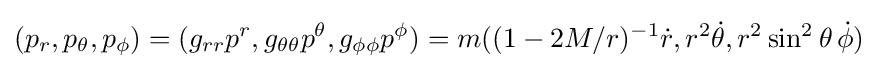
(p_{r},p_{\theta },p_{\phi })=(g_{rr}p^{r},g_{\theta \theta }p^{\theta },g_{\phi \phi }p^{\phi })=m((1-2M/r)^{-1}{\dot {r}},r^{2}{\dot {\theta }},r^{2}\sin ^{2}\theta \,{\dot {\phi }})